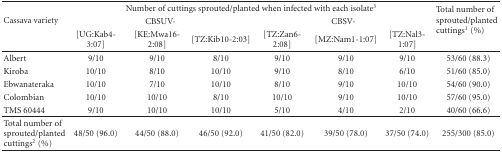
| <ROWSPAN=3> Cassava variety | <COLSPAN=6> Number of cuttings sprouted/planted when infected with each isolate3 | <ROWSPAN=3> Total number of sprouted/planted cuttings1 (%) |
 | <COLSPAN=3> CBSUV- | <COLSPAN=3> CBSV- |
 | [UG:Kab4-3:07] | [KE:Mwa16-2:08] | [TZ:Kib10-2:03] | [TZ:Zan6-2:08] | [MZ:Nam1-1:07] | [TZ:Nal3-1:07] |
 | --- | --- | --- | --- | --- | --- | --- | --- |
 | Albert | 9/10 | 9/10 | 8/10 | 9/10 | 9/10 | 9/10 | 53/60 (88.3) |
 | Kiroba | 10/10 | 8/10 | 10/10 | 9/10 | 8/10 | 6/10 | 51/60 (85.0) |
 | Ebwanateraka | 10/10 | 7/10 | 10/10 | 8/10 | 9/10 | 10/10 | 54/60 (90.0) |
 | Colombian | 10/10 | 10/10 | 8/10 | 10/10 | 9/10 | 10/10 | 57/60 (95.0) |
 | TMS 60444 | 9/10 | 10/10 | 10/10 | 5/10 | 4/10 | 2/10 | 40/60 (66.6) |
 | Total number of sprouted/planted cuttings2 (%) | 48/50 (96.0) | 44/50 (88.0) | 46/50 (92.0) | 41/50 (82.0) | 39/50 (78.0) | 37/50 (74.0) | 255/300 (85.0) |